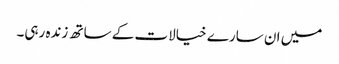
میں ان سارے خیالات کے ساتھ زندہ رہی۔